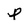
Character: p